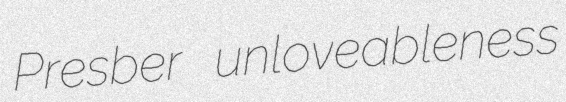
Presber unloveableness